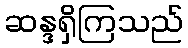
ဆန္ဒရှိကြသည်